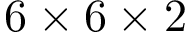
6 \times 6 \times 2